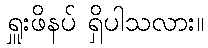
ရှူးဖိနပ် ရှိပါသလား။